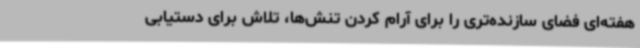
هفته‌ای فضای سازنده‌تری را برای آرام کردن تنش‌ها، تلاش برای دستیابی